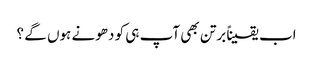
اب یقیناً برتن بھی آپ ہی کو دھونے ہوں گے ؟